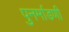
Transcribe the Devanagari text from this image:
पुनर्माडणी